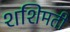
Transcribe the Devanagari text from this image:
शशिमती